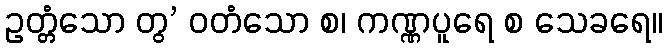
ဥတ္တံသော တွ’ ဝတံသော စ၊ ကဏ္ဏပူရေ စ သေခရေ။